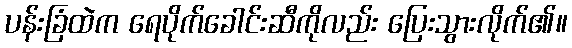
ပန်းခြံထဲက ရေပိုက်ခေါင်းဆီကိုလည်း ပြေးသွားလိုက်၏။